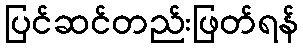
ပြင်ဆင်တည်းဖြတ်ရန်